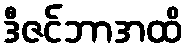
ဒီဇင်ဘာအထိ